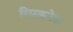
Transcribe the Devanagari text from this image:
सिल्कटेल